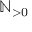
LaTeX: \mathbb { N } _ { > 0 }